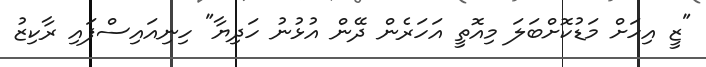
"ޒީ އިހަށް މަޑުކޮށްބަލަ މިއޮތީ އަހަރެން ދޭން އުޅުނު ހަދިޔާ" ހިނިއައިސްފައި ރާކިޒު